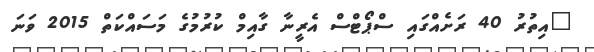
"އިތުރު 40 ރަށެއްގައި ސްޕޯޓްސް އެރީނާ ގާއިމް ކުރުމުގެ މަސައްކަތް 2015 ވަނަ